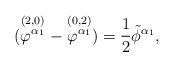
LaTeX: \begin{align*}(\stackrel{(2,0)}{\varphi^{\alpha_{1}}}-\stackrel{(0,2)}{\varphi^{\alpha_{1}}})= {1 \over 2} \tilde{\phi}^{\alpha_{1}},\end{align*}